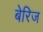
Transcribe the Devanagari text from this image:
बेरिज